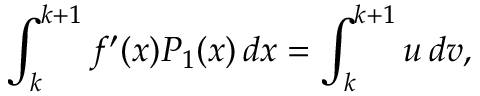
\int _ { k } ^ { k + 1 } f ^ { \prime } ( x ) P _ { 1 } ( x ) \, d x = \int _ { k } ^ { k + 1 } u \, d v ,